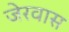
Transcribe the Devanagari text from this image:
जेरवास